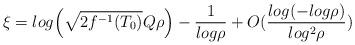
LaTeX: \begin{align*}\xi = log\Big{(}\sqrt{2f^{-1}(T_{0})}Q\rho\Big{)} -\frac{1}{log\rho} + O(\frac{log(-log\rho)}{log^{2}\rho})\end{align*}